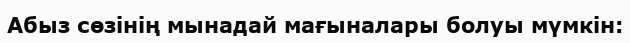
Абыз сөзінің мынадай мағыналары болуы мүмкін: